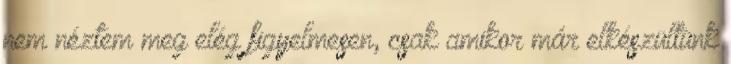
nem néztem meg elég figyelmesen, csak amikor már elkészültünk